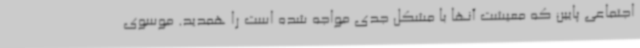
اجتماعی پایین که معیشت آنها با مشکل جدی مواجه شده است را همدید. موسوی